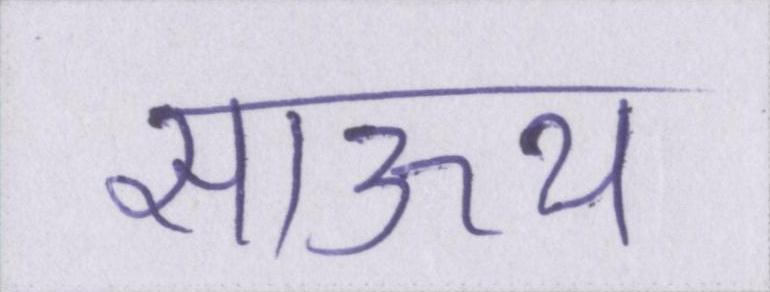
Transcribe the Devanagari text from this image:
साऊथ